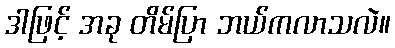
ဒါဖြင့် အခု တိမ်ပြာ ဘယ်ကလာသလဲ။